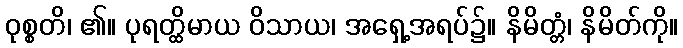
ဝုစ္စတိ၊ ၏။ ပုရတ္ထိမာယ ဝိသာယ၊ အရှေ့အရပ်၌။ နိမိတ္တံ၊ နိမိတ်ကို။